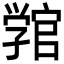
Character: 𭓚